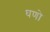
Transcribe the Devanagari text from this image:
घणो